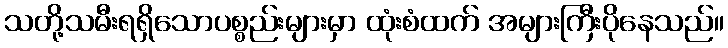
သတို့သမီးရရှိသောပစ္စည်းများမှာ ထုံးစံထက် အများကြီးပိုနေသည်။